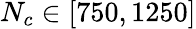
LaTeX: N_{c}\in[750,1250]